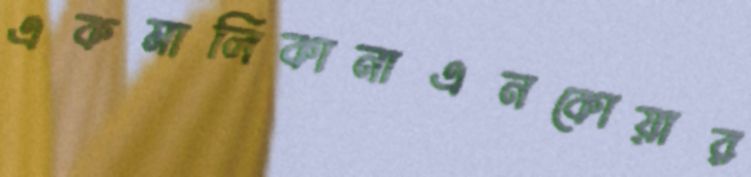
একমালিকানাএনকোয়ার